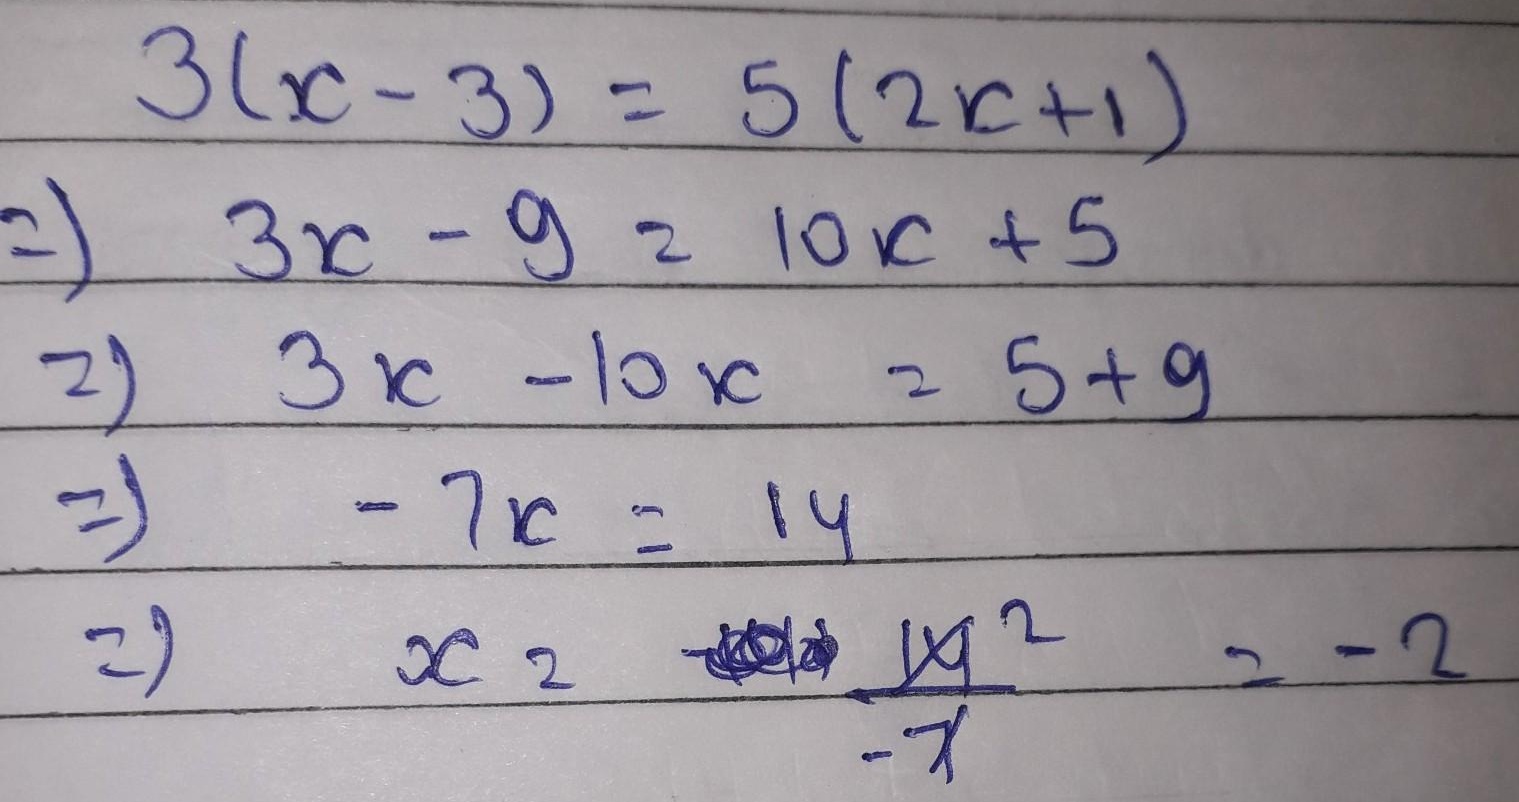
\[
\begin{align*}
&3(x - 3)=5(2x + 1)\\
\Rightarrow&3x - 9 = 10x + 5\\
\Rightarrow&3x - 10x = 5 + 9\\
\Rightarrow&-7x = 14\\
\Rightarrow&x = \frac{14}{-7}=-2
\end{align*}
\]